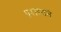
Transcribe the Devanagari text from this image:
प्रशस्यते